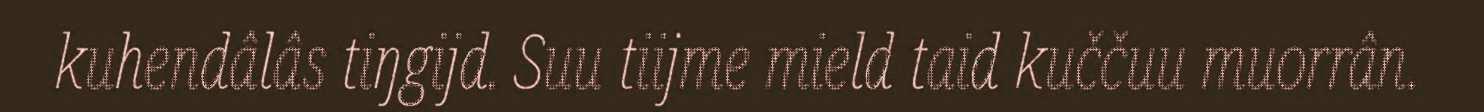
kuhendâlâs tiŋgijd. Suu tiijme mield taid kuččuu muorrân.